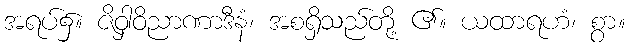
အရပ်၌။ ဇိဝှါဝိညာဏာဒီနံ၊ အစရှိသည်တို့ ၏။ ယထာရဟံ၊ စွာ။